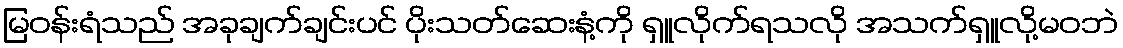
မြဝန်းရံသည် အခုချက်ချင်းပင် ပိုးသတ်ဆေးနံ့ကို ရှူလိုက်ရသလို အသက်ရှူလို့မဝဘဲ